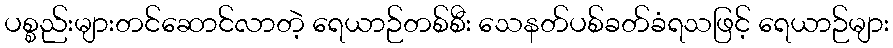
ပစ္စည်းများတင်ဆောင်လာတဲ့ ရေယာဉ်တစ်စီး သေနတ်ပစ်ခတ်ခံရသဖြင့် ရေယာဉ်များ